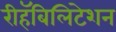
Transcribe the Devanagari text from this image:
रीहॅबिलिटेशन